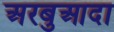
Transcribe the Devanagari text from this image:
अरबुआदा